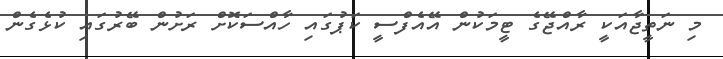
މި ނަތީޖާއަކީ ރާއްޖޭގެ ޓީމަކުން އޭއެފްސީ ކަޕުގައި ހާއްސަކޮށް ރަށުން ބޭރުގައި ކުޅެގެން